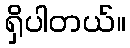
ရှိပါတယ်။